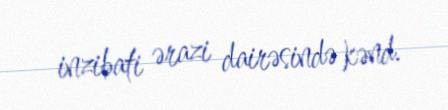
inzibati ərazi dairəsində kənd.